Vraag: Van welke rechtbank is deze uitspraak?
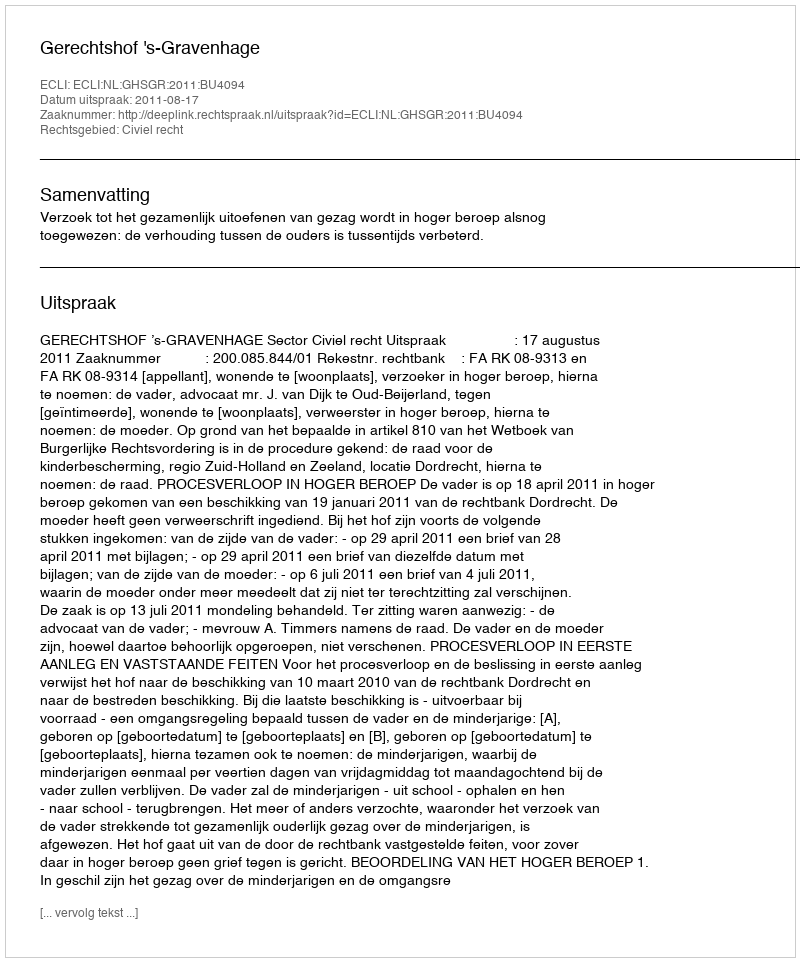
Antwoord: Gerechtshof 's-Gravenhage